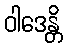
ဝါဒေန္တိ